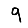
Digit: 9